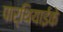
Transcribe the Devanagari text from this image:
पार्थियाईके